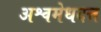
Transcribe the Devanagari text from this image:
अश्वमेधदत्त